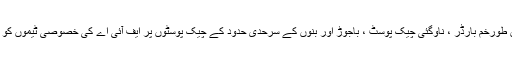
ذرائع کے مطابق پاک افغان طورخم بارڈر ، ناوگئی چیک پوسٹ ، باجوڑ اور بنوں کے سرحدی حدود کے چیک پوسٹوں پر ایف آئی اے کی خصوصی ٹیموں کو بھی تعینات کردیا جائے گا۔